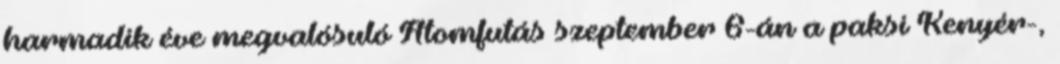
harmadik éve megvalósuló Atomfutás szeptember 6-án a paksi Kenyér-,